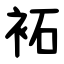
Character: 袥